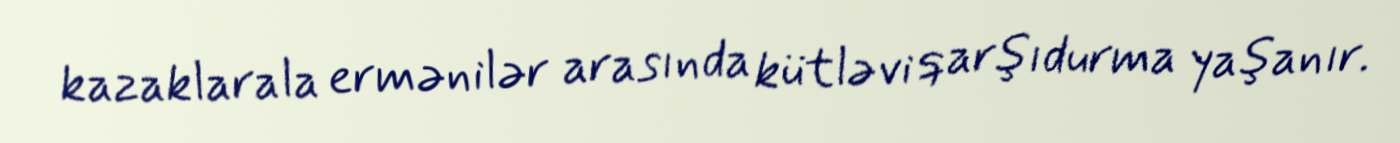
kazaklarala ermənilər arasında kütləvi qarşıdurma yaşanır.